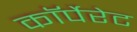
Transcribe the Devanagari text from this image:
काॅर्पेरेट